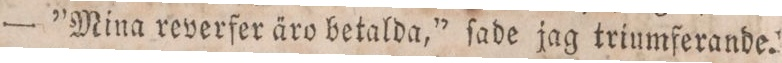
— ”Mina reverfer äro betalda,” ſade jag triumferande.